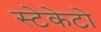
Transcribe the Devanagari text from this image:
स्टेकेटो